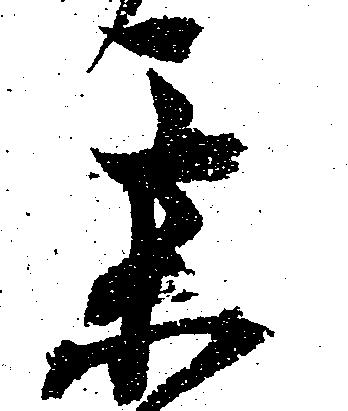
某